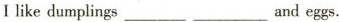
Ilike dumplings ___ ___ and eggs.